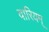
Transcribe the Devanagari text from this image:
वारियम्